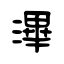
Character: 滭